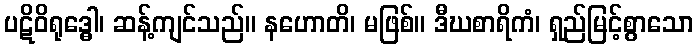
ပဋိဝိရုဒ္ဓေါ၊ ဆန့်ကျင်သည်။ နဟောတိ၊ မဖြစ်။ ဒီဃစာရိကံ၊ ရှည်မြင့်စွာသော